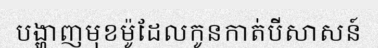
បង្ហាញមុខម៉ូដែលកូនកាត់បីសាសន៍